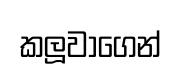
කලූවාගෙන්